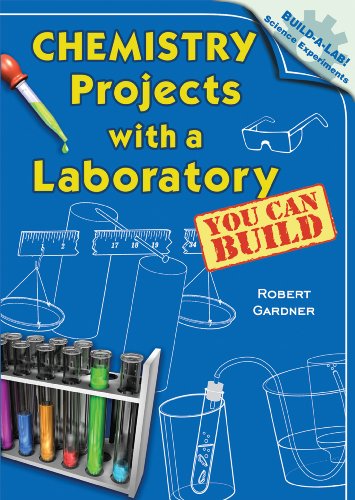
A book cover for Chemistry Projects with a Laboratory You Can Build (Build-a-Lab! Science Experiments); Robert Gardner; Children's Books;